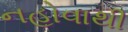
નહોવાથી